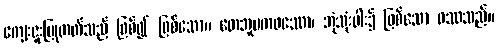
ကျေးဇူးပြုတတ်သည် ဖြစ်၍ ဖြစ်သော။ တေဘူမကဖဿော၊ ဘုံသုံးပါး၌ ဖြစ်သော ဖဿသည်။